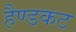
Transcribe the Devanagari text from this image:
हैण्डकट